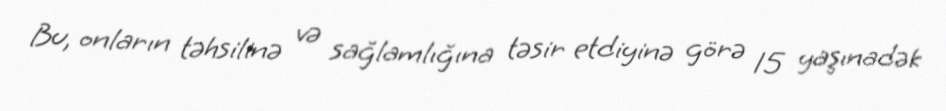
Bu, onların təhsilinə və sağlamlığına təsir etdiyinə görə 15 yaşınadək